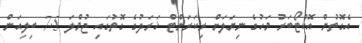
އެގޮތުން އޮކްޓޯބަރު މަހުގެ ނިޔަލަށް ރިކަރަންޓް ޚަރަދުގެ ގޮތުގައި ޖުމްލަ 7.5 ބިލިއަން